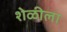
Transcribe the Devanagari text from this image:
शेळीला